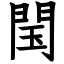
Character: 閠